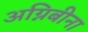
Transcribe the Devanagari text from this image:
अग्निबीना